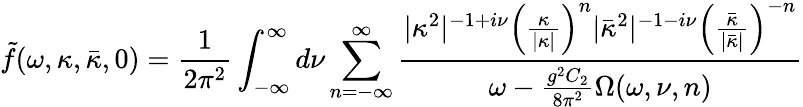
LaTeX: \tilde{f}(\omega,\kappa,\bar{\kappa},0)=\frac{1}{2\pi^{2}}\int_{-\infty}^{\infty}d\nu\sum_{n=-\infty}^{\infty}{\frac{\vert\kappa^{2}\vert^{-1+i\nu}\left({\frac{\kappa}{\vert\kappa\vert}}\right)^{n}\vert\bar{\kappa}^{2}\vert^{-1-i\nu}\left({\frac{\bar{\kappa}}{\vert\bar{\kappa}\vert}}\right)^{-n}}{\omega-\frac{g^{2}C_{2}}{8\pi^{2}}\Omega(\omega,\nu,n)}}